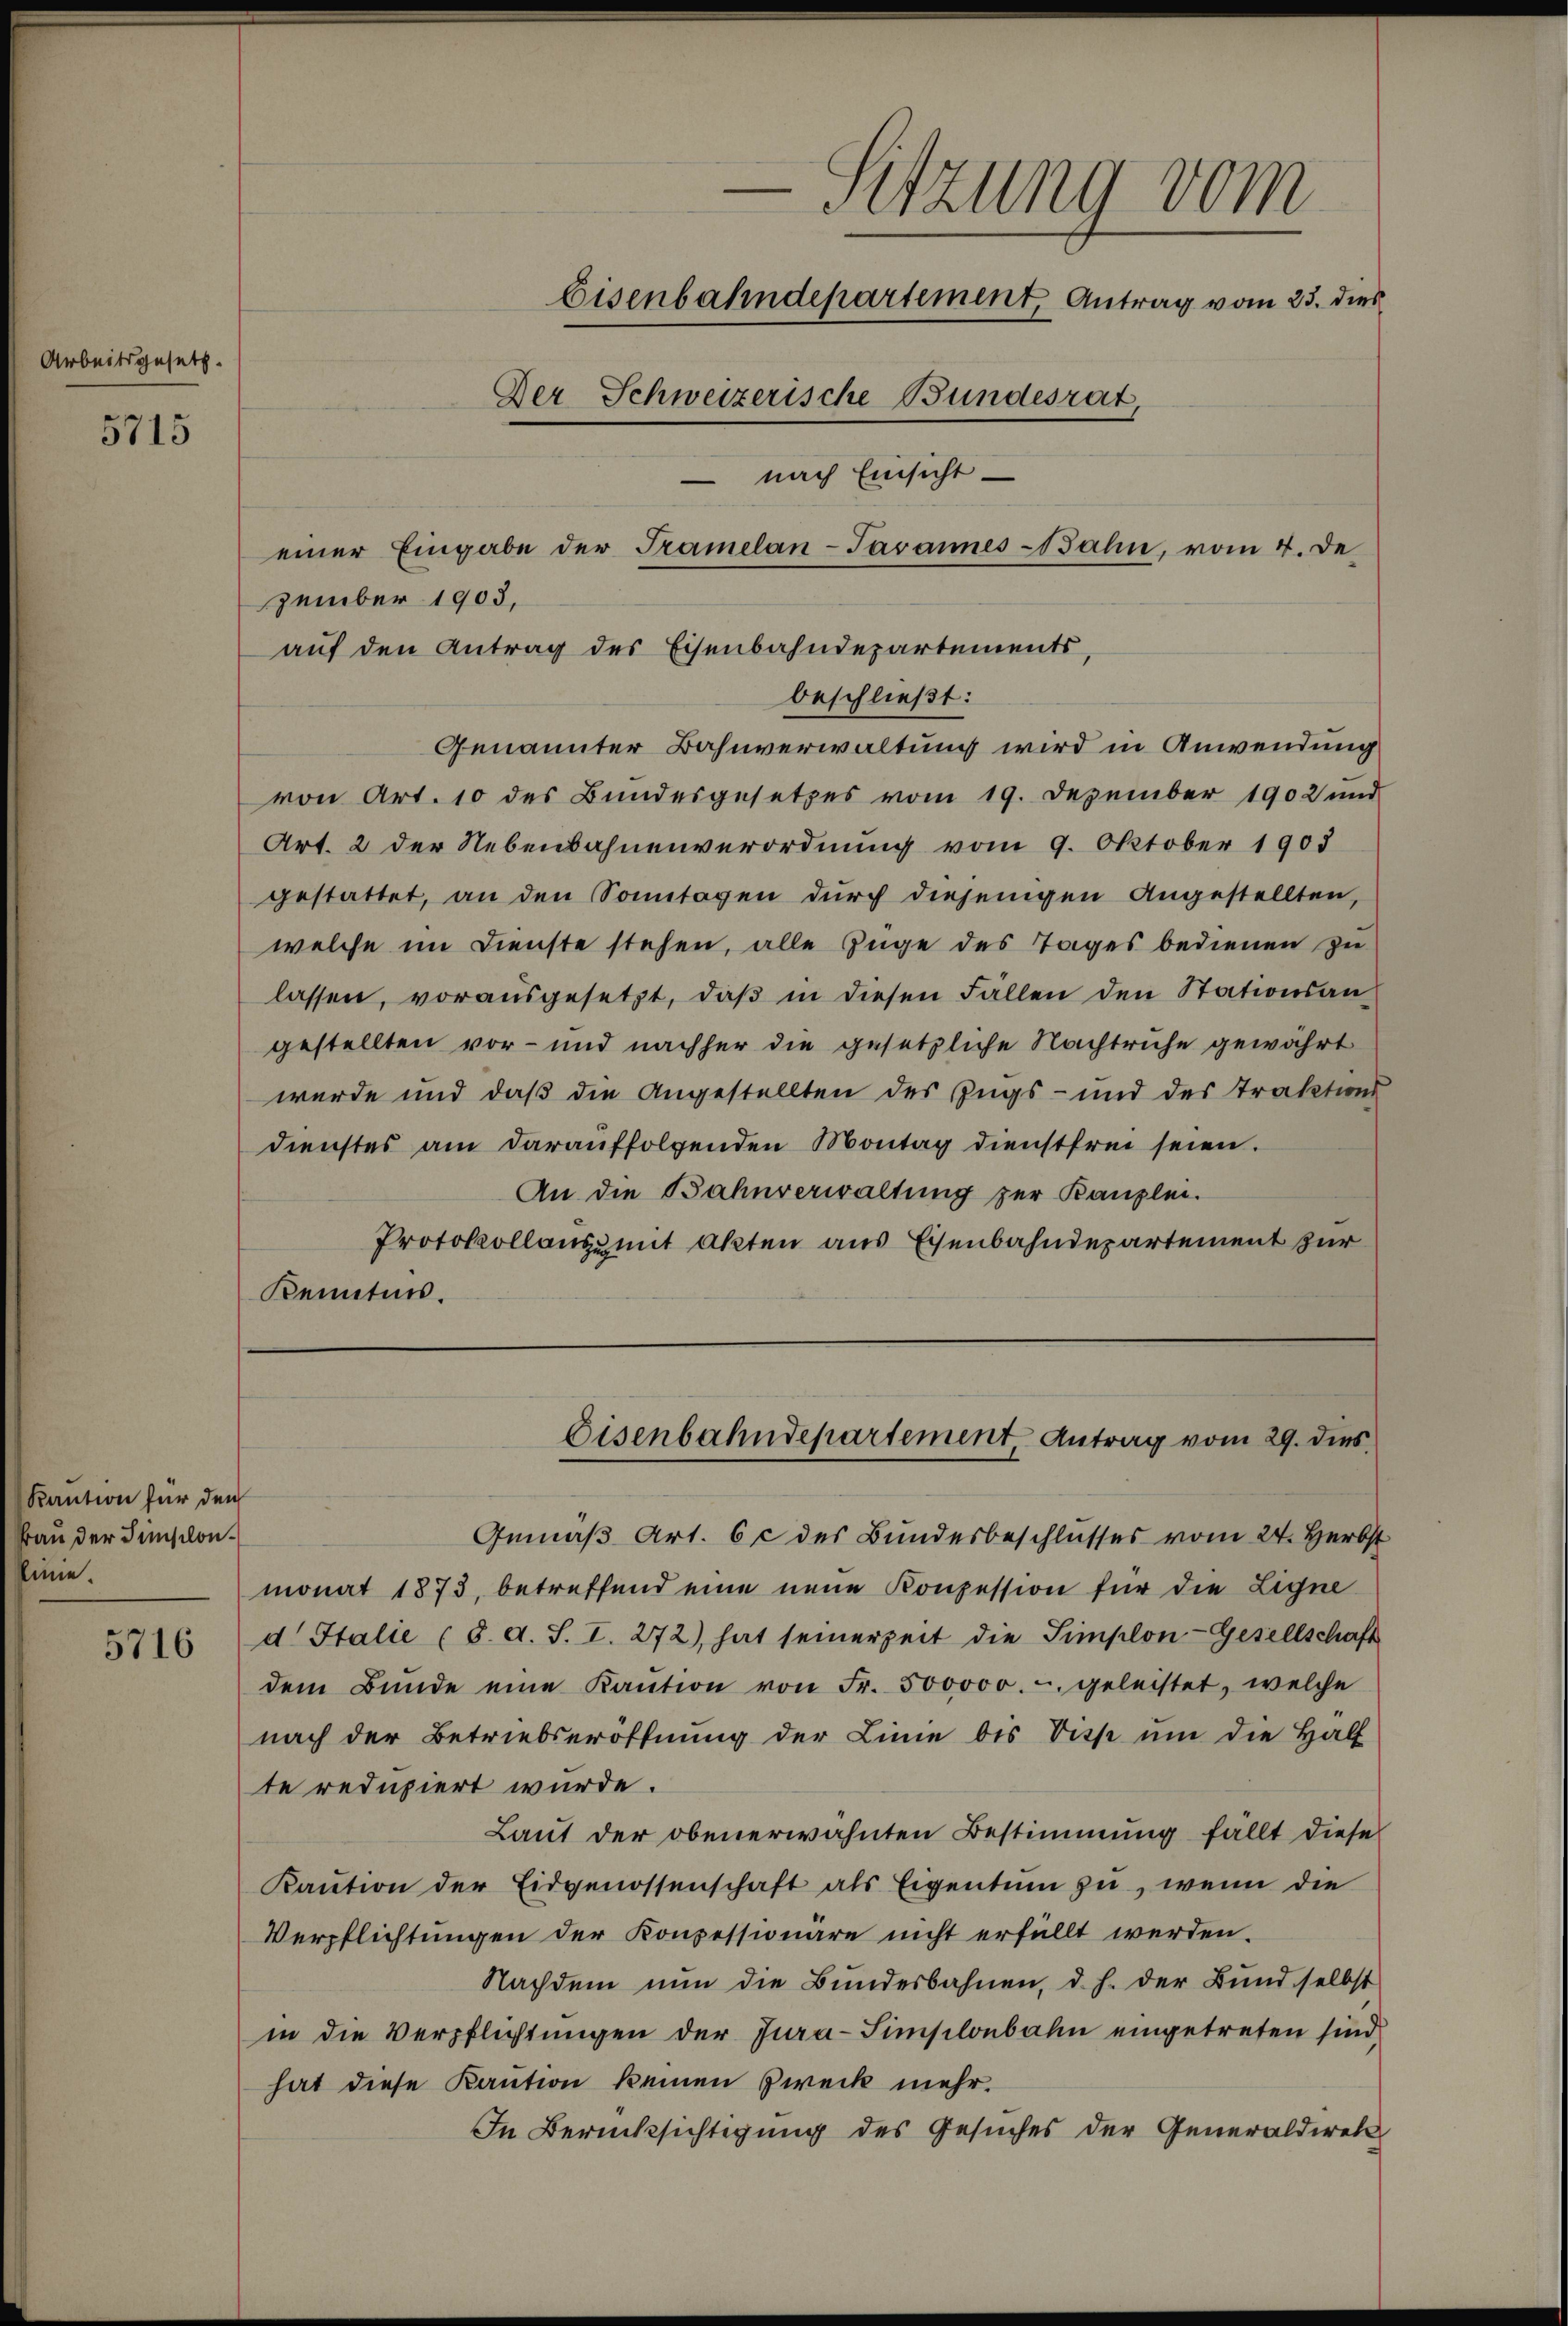
Arbeitsgesetz

5715

zember 1903,

Kaution für den
Frau der Finslon.
sine.

5716

Genannter Bahnverwaltung wird in Anwendung
von Art. 10 des Bundesgesetzes vom 19. Dezember 1902 und
Art. 2 der Nebenbahnenverordnung vom 9. Oktober 1903
gestattet, an den Sonntagen dŭrch diejenigen Angestellten,
welche im Dienste stehen, alle Zuge des Tages bedienen zu
lassen, vorausgesetzt, daβ in diesen Fällen den Stationsan
gestellten vor- und nachher die gesetzliche Nachtruhe gewährt
wurde und daß die Angestellten des Zugs- und des Traktions
dienstes am daraŭffolgenden Montag dienstfrei seien.
An die Bahnverwaltung zur Kanzlei.
Protokollanzumit akten aus Eisenbahndepartement zur
Kenntnis.

-Sitzung vom
Eisenbahndepartement, Antrag vom 23. dies
Der Schweizerische Bundesrat
nach Einsicht
einer Eingabe der Tramelan-Javannes-Bahn, vom 4. De

auf den Antrag des Eisenbahndepartements,
beschließt:

Eisenbahndepartement, Antrag vom 29. dies

Gemäß Art. 6 c des Bundesbeschlusses vom 24. Herbst
monat 1873, betreffend eine neue Konzession für die Ligne
d Italie (8. A. S. I. 272), hat seinerzeit die Simplon-Gesellschaft
dem Bŭnde eine Kaŭtion von Fr. 500000. u geleistet, welche
nach der Betriebseröffnung der Linie bis Visp ŭm die Half
te redupiert wurde.
Laut der obenerwähnten Bestimmung fällt diese
Kaŭtion der Eidgenossenschaft als Eigentum zu, wenn die
Verpflichtungen der Konzessionäre nicht erfüllt werden.
Nachdem nun die Bundesbahnen, d. h. der Bund selbst
in die Verpflichtungen der Jura-Simplonbahn eingetreten sind,
hat diese Kaution keinen Zweck mehr.
In Berücksichtigung des Gesuches der Generaldirek